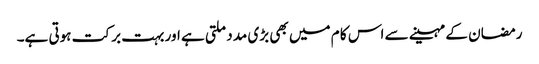
رمضان کے مہینے سے اس کا م میں بھی بڑی مد دملتی ہے اور بہت بر کت ہوتی ہے۔